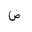
Letter: _dad